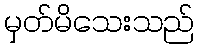
မှတ်မိသေးသည်